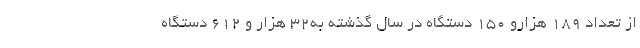
از تعداد 189 هزارو 150 دستگاه در سال گذشته به32 هزار و 612 دستگاه